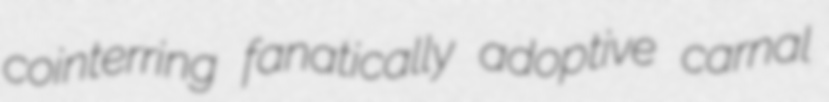
cointerring fanatically adoptive carnal